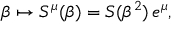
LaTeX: \beta \mapsto S ^ { \mu } ( \beta ) = S ( \beta ^ { 2 } ) \, e ^ { \mu } ,